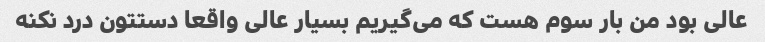
عالی بود من بار سوم هست که می‌گیریم بسیار عالی واقعا دستتون درد نکنه